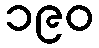
၁၉၀